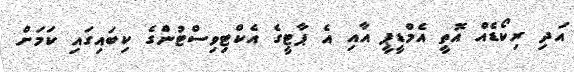
އަދި ރިކޯޑެއް އޮތީ އެމްޑީޕީ އާއި އެ ޕާޓީގެ އެކްޓިވިސްޓުންގެ ކިބައިގައި ކަމަށް